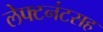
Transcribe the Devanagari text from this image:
लेफ्टनंटसह